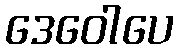
ဒေဝေါပေ